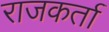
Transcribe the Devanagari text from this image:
राजकर्ता